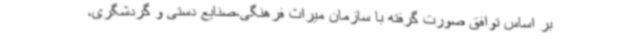
بر اساس توافق صورت گرفته با سازمان میراث فرهنگی،‌صنایع دستی و گردشگری،